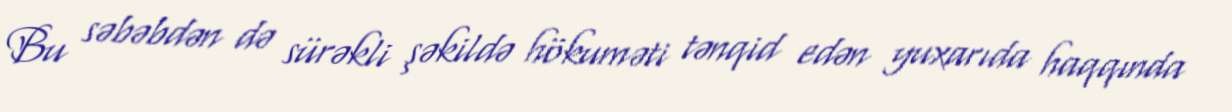
Bu səbəbdən də sürəkli şəkildə hökuməti tənqid edən yuxarıda haqqında